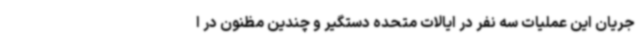
جریان این عملیات سه نفر در ایالات متحده دستگیر و چندین مظنون در ا